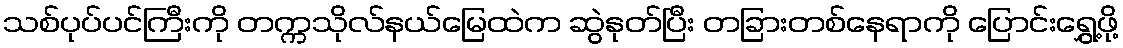
သစ်ပုပ်ပင်ကြီးကို တက္ကသိုလ်နယ်မြေထဲက ဆွဲနုတ်ပြီး တခြားတစ်နေရာကို ပြောင်းရွှေ့ဖို့